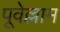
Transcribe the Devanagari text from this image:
पूवेल्लाम